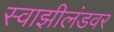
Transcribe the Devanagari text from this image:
स्वाझीलंडवर